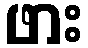
ဖား